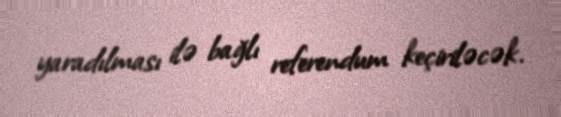
yaradılması ilə bağlı referendum keçiriləcək.